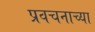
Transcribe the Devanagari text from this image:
प्रवचनाच्या